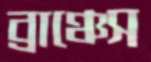
ব্রাঞ্চেস